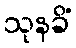
သုနခိံ